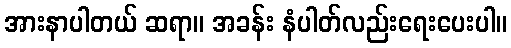
အားနာပါတယ် ဆရာ။ အခန်း နံပါတ်လည်းရေးပေးပါ။